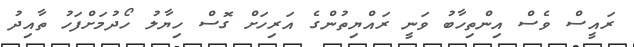
ރައީސް ވެސް އިންތިހާބު ވަނީ ރައްޔިތުންގެ އަރިހަށް ގޮސް ހިޔާލު ހޯދުމަށްފަހު ތާއިދު